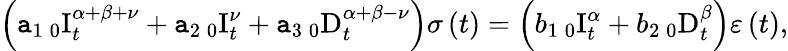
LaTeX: \left(\mathtt{a}_{1}\, {}_{0}\mathrm{{I}}_{t}^{\alpha+\beta+\nu}+\mathtt{a}_{2}\, {}_{0}\mathrm{{I}}_{t}^{\nu}+\mathtt{a}_{3}\, {}_{0}\mathrm{{D}}_{t}^{\alpha+\beta-\nu}\right)\sigma\left(t\right)=\left(b_{1}\, {}_{0}\mathrm{{I}}_{t}^{\alpha}+b_{2}\, {}_{0}\mathrm{{D}}_{t}^{\beta}\right)\varepsilon\left(t\right),